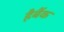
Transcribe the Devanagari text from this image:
हैबैंक